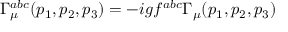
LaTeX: \Gamma _ { \mu } ^ { a b c } ( p _ { 1 } , p _ { 2 } , p _ { 3 } ) = - i g f ^ { a b c } \Gamma _ { \mu } ( p _ { 1 } , p _ { 2 } , p _ { 3 } )